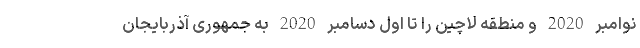
نوامبر 2020 و منطقه لاچین را تا اول دسامبر 2020 به جمهوری آذربایجان